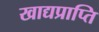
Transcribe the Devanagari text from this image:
खाद्यप्राप्ति